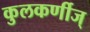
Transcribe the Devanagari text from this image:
कुलकर्णीज्